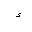
Letter: _hamza